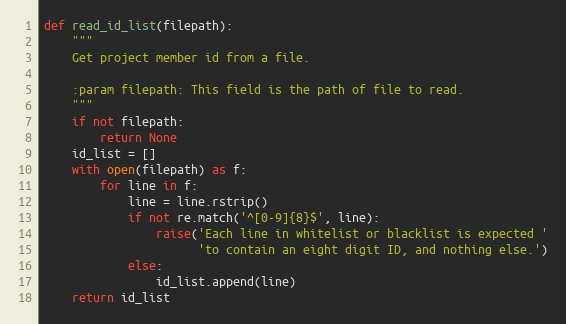
Language: Python
def read_id_list(filepath):
    """
    Get project member id from a file.

    :param filepath: This field is the path of file to read.
    """
    if not filepath:
        return None
    id_list = []
    with open(filepath) as f:
        for line in f:
            line = line.rstrip()
            if not re.match('^[0-9]{8}$', line):
                raise('Each line in whitelist or blacklist is expected '
                      'to contain an eight digit ID, and nothing else.')
            else:
                id_list.append(line)
    return id_list